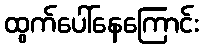
ထွက်ပေါ်နေကြောင်း